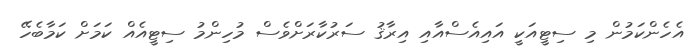
އެހެންކަމުން މި ސިޓީއަކީ އައިއެސްއާއި އިރާޤު ސަރުކާރަށްވެސް މުހިންމު ސިޓީއެއް ކަމަށް ކަމާބެހޭ